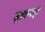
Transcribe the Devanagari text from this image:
झकरई